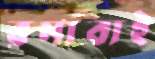
রমাবাই